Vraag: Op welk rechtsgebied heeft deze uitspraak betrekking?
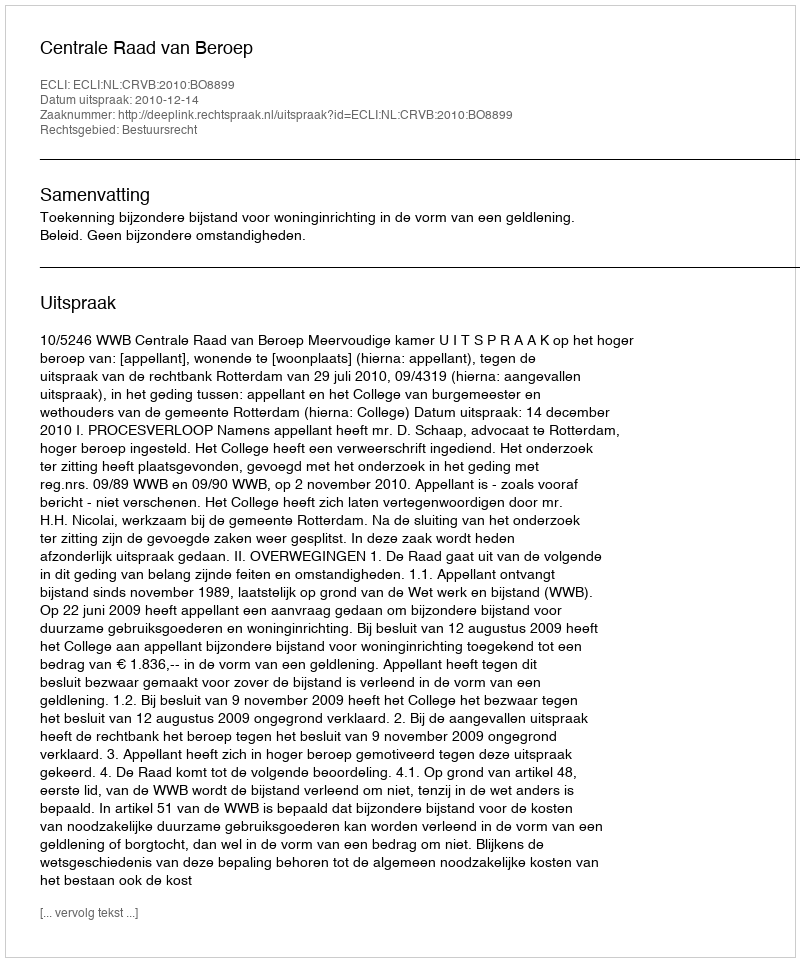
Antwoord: Bestuursrecht